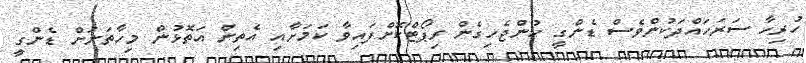
ހުރިހާ ސަރަހައްދަކުންވެސް ޑެންގީ ހުންޖެހިގެން ރިޕޯޓްކޮށްފައިވާ ކަމަށާއި އެތިން އަތޮޅުން މިހާތަނަށް ޑެންގީ